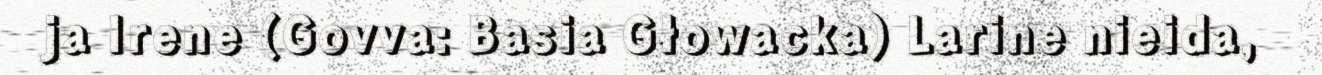
ja Irene (Govva: Basia Głowacka) Larine nieida,